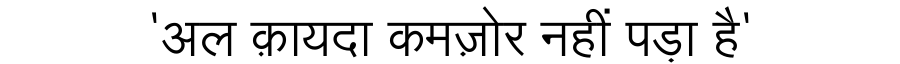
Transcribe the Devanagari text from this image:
'अल क़ायदा कमज़ोर नहीं पड़ा है'